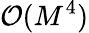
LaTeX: \mathcal{O}(M^{4})